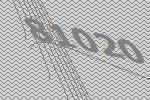
81020